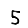
Digit: 5